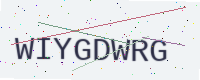
Text: WIYGDWRG